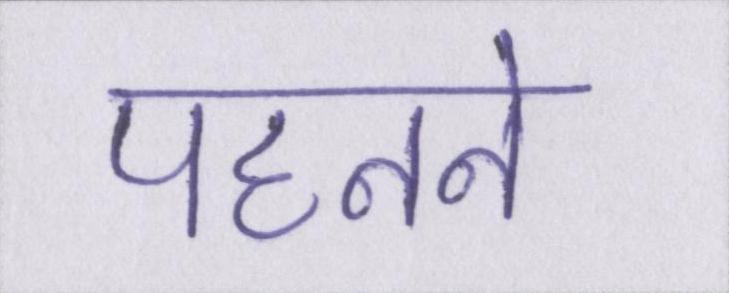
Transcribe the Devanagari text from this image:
पहनने